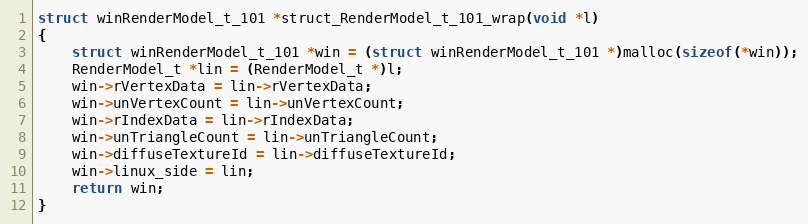
Language: C++
struct winRenderModel_t_101 *struct_RenderModel_t_101_wrap(void *l)
{
    struct winRenderModel_t_101 *win = (struct winRenderModel_t_101 *)malloc(sizeof(*win));
    RenderModel_t *lin = (RenderModel_t *)l;
    win->rVertexData = lin->rVertexData;
    win->unVertexCount = lin->unVertexCount;
    win->rIndexData = lin->rIndexData;
    win->unTriangleCount = lin->unTriangleCount;
    win->diffuseTextureId = lin->diffuseTextureId;
    win->linux_side = lin;
    return win;
}